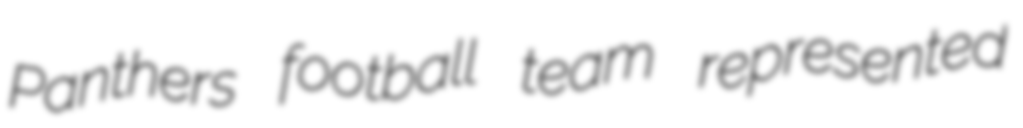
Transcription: Panthers football team represented